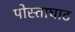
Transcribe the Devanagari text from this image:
पोस्ताघाट